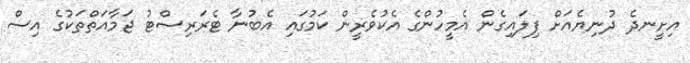
އިށީނދެ ދުނިޔެއަށް ފިލައިގެން އެމީހުންގެ އެކުވެރީން ކަމުގައި އެބުނާ ޓެރަރިސްޓު ޖަމާއަތްތަކުގެ އިސް